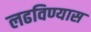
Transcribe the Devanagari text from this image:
लढविण्यास